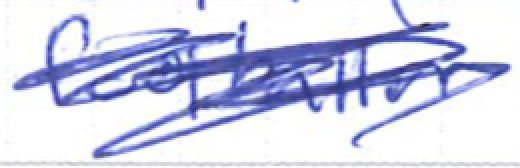
Text: footballer.
Cross-out: scratch
Writing tool: ballpoint